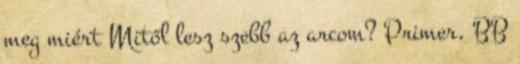
meg miért Mitől lesz szebb az arcom? Primer, BB